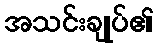
အသင်းချုပ်၏